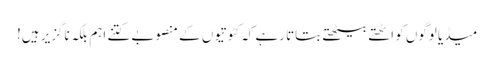
میڈیا لوگوں کو اٹھتے بیٹھتے بتاتا رہے کہ کٹوتیوں کے منصوبے کتنے اہم بلکہ ناگزیر ہیں!